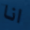
انا